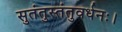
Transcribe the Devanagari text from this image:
सुतंतुस्तंतुवर्धनः।